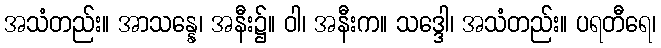
အသံတည်း။ အာသန္နေ၊ အနီး၌။ ဝါ၊ အနီးက။ သဒ္ဒေါ၊ အသံတည်း။ ပရတီရေ၊